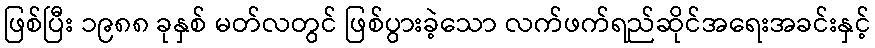
ဖြစ်ပြီး ၁၉၈၈ ခုနှစ် မတ်လတွင် ဖြစ်ပွားခဲ့သော လက်ဖက်ရည်ဆိုင်အရေးအခင်းနှင့်